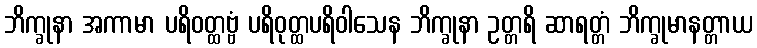
ဘိက္ခုနာ အကာမာ ပရိဝတ္ထဗ္ဗံ ပရိဝုတ္ထပရိဝါသေန ဘိက္ခုနာ ဥတ္တရိ ဆာရတ္တံ ဘိက္ခုမာနတ္တာယ